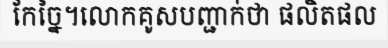
កែច្នៃ។លោកគូសបញ្ជាក់ថា ផលិតផល